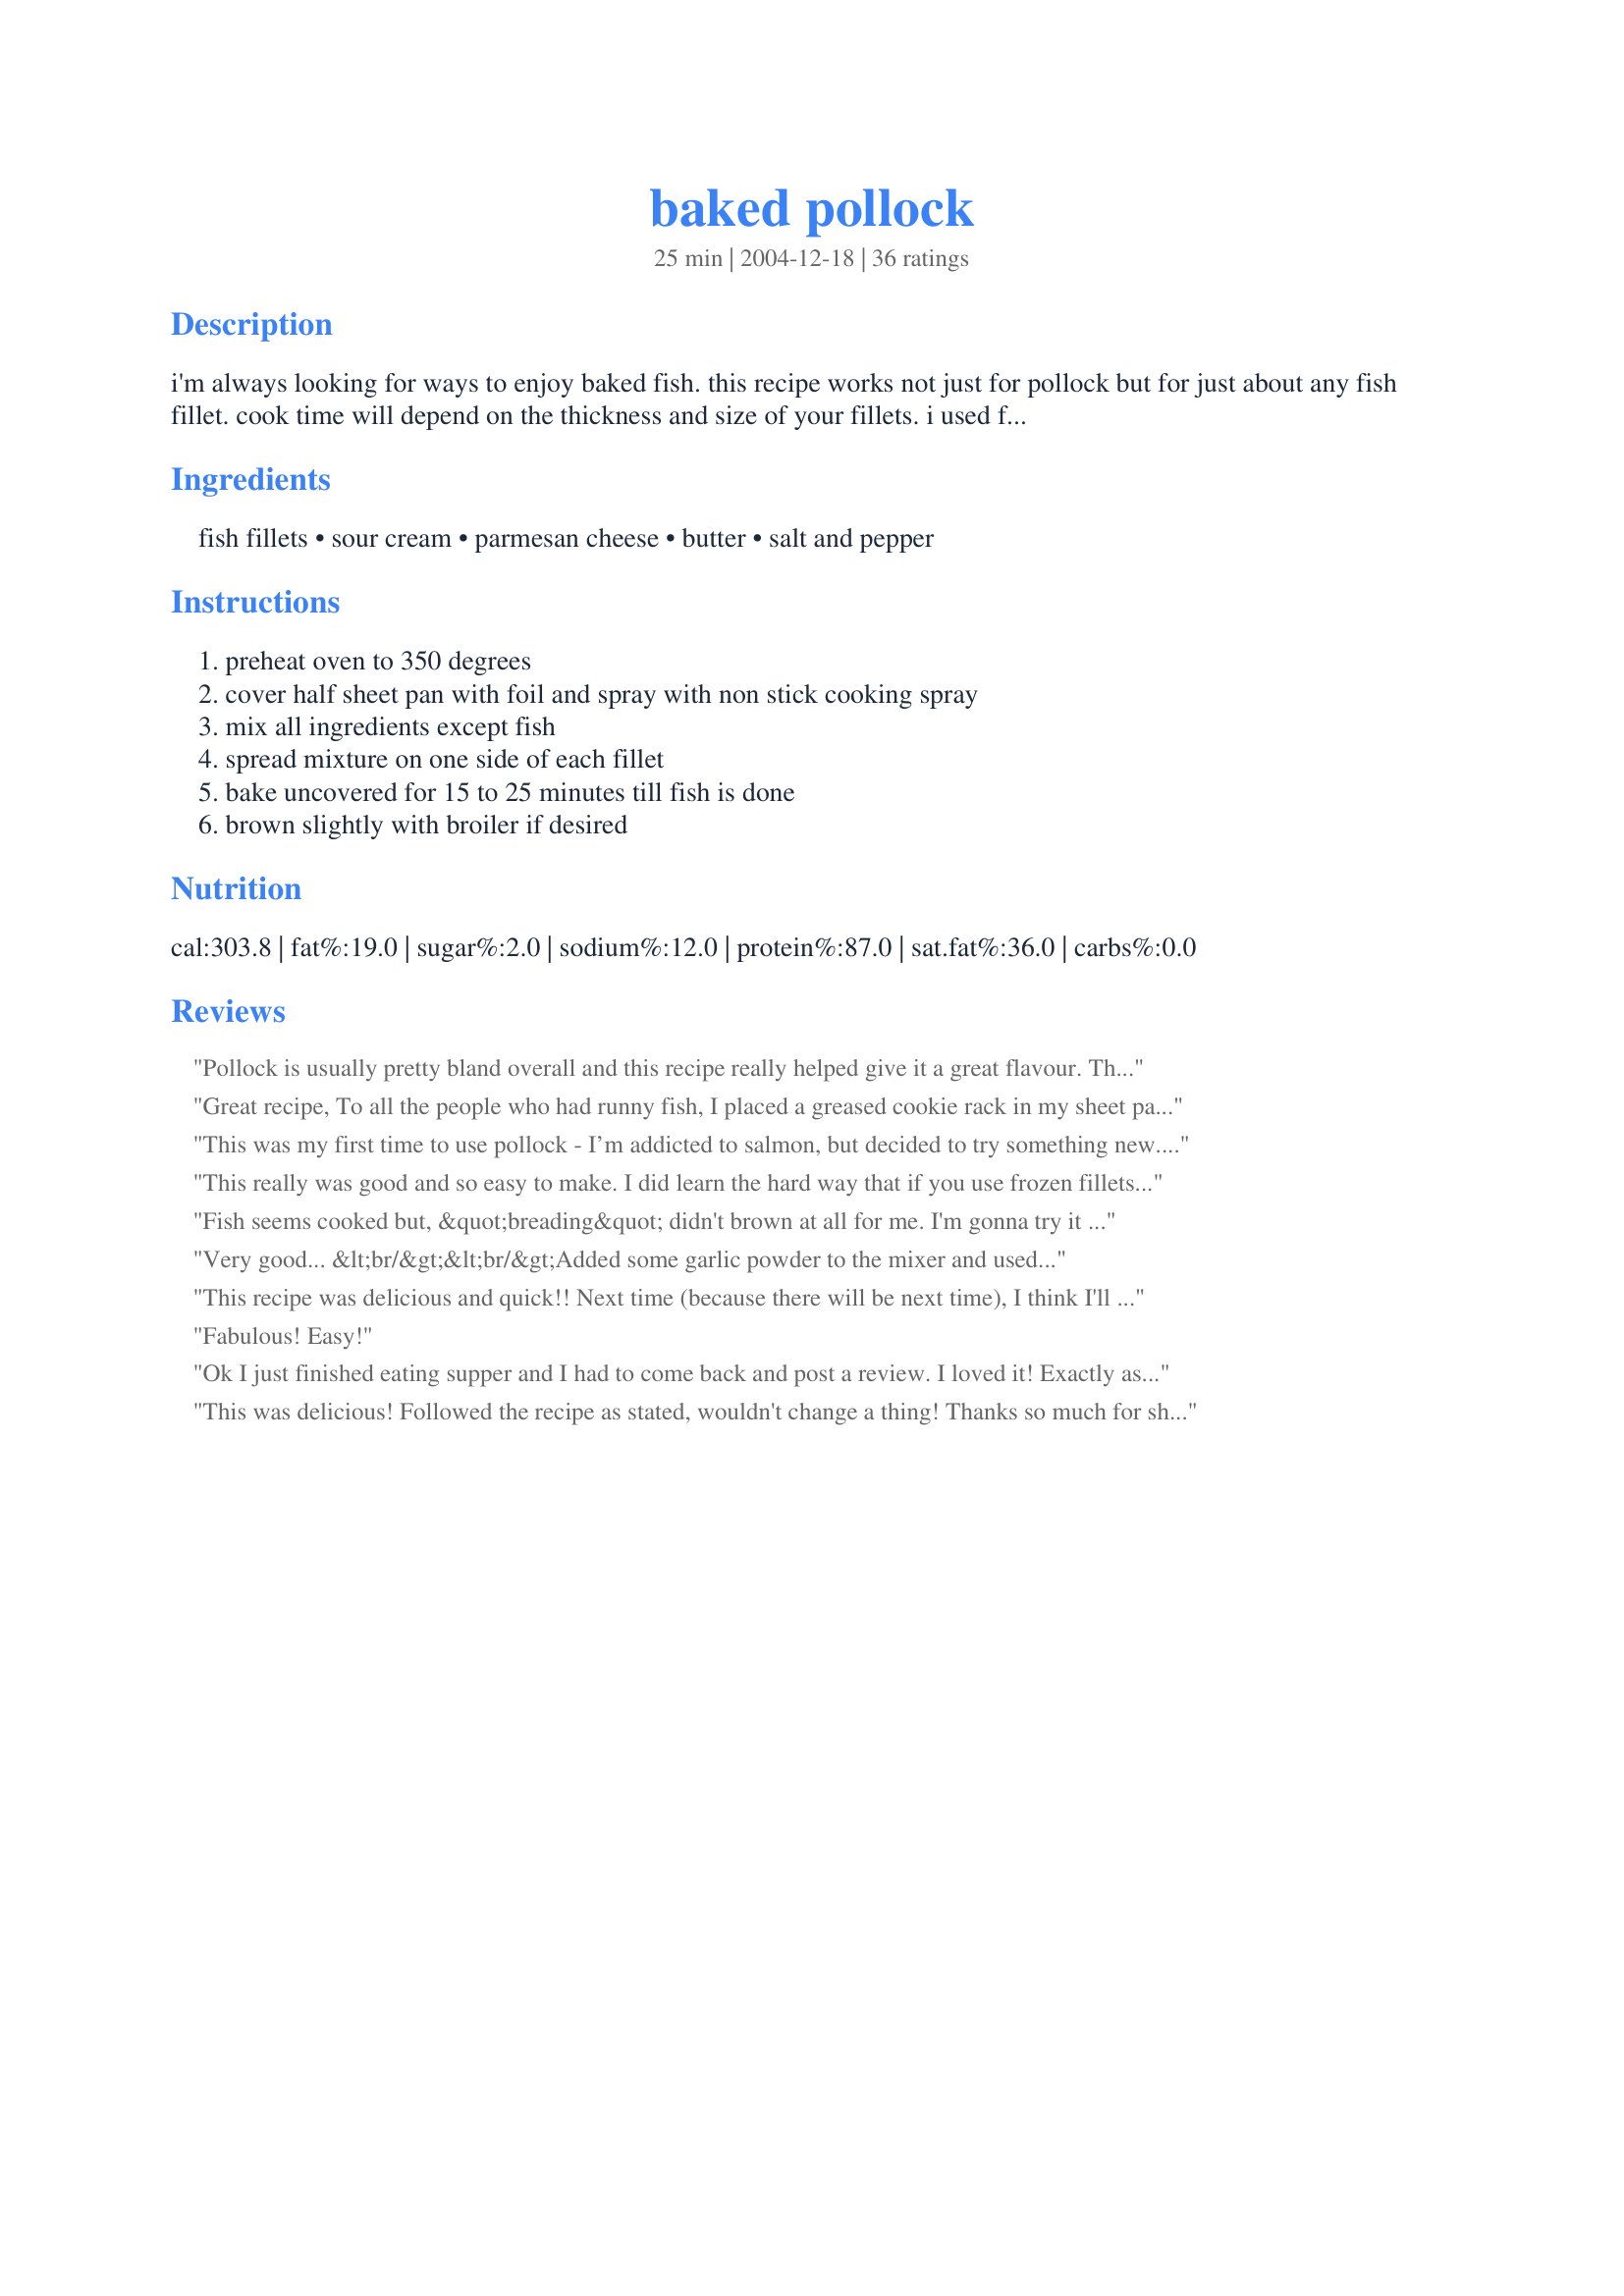
baked pollock
Preparation time: 25 minutes

i'm always looking for ways to enjoy baked fish. this recipe works not just for pollock but for just about any fish fillet. cook time will depend on the thickness and size of your fillets. i used frozen pollock fillets, thawed.

Ingredients:
fish fillets, sour cream, parmesan cheese, butter, salt and pepper

Steps:
preheat oven to 350 degrees, cover half sheet pan with foil and spray with non stick cooking spray, mix all ingredients except fish, spread mixture on one side of each fillet, bake uncovered for 15 to 25 minutes till fish is done, brown slightly with broiler if desired

Reviews:
Pollock is usually pretty bland overall and this recipe really helped give it a great flavour. Thanks riffraff this is the best pollock recipe I've come across yet.
Great recipe, To all the people who had runny fish, I placed a greased cookie rack in my sheet pan, then placed the fish on top of it, it came out perfect!
This was my first time to use pollock - I’m addicted to salmon, but decided to try something new. This looked good, so I thawed the fish, let all that water drain out (appreciated the tip)then started to put it together- and only then realized my sour cream had gone off. Too late to back out now, I had a jar of blue cheese dressing in the fridge, and used that instead. It was FABULOUS! I’ll always use that instead now - and I’ll be making this often! Great recipe for a really tasty fish!
This really was good and so easy to make. I did learn the hard way that if you use frozen fillets to thaw and drain off the liquid first. My toppings literally floated off the fish from all the liquid that had accumulated. As a result they weren't the prettiest but still had the most awesome flavor
Fish seems cooked but, &quot;breading&quot; didn't brown at all for me. I'm gonna try it again.
Very good... &lt;br/&gt;&lt;br/&gt;Added some garlic powder to the mixer and used Margarine instead of butter. I used a cookie sheet with tin foil, shiny side down.&lt;br/&gt;&lt;br/&gt;Even dh said... pretty good!&lt;br/&gt;&lt;br/&gt;Forgot salt and pepper. Oh and it browned because I left it in a bit longer then I should have.&lt;br/&gt;Update 11/25/13: Used a glass pan this time...no tin foil... took a little longer to bake... lots of juice came out of the fish... but still very good.
This recipe was delicious and quick!! Next time (because there will be next time), I think I'll try olive oil instead of the butter. Two thumbs up!!
Fabulous! Easy!
Ok I just finished eating supper and I had to come back and post a review. I loved it! Exactly as is. Thanks for sharing this recipe, I will definitely fix this again.
This was delicious! Followed the recipe as stated, wouldn't change a thing! Thanks so much for sharing!
Ohmygoodness! Fish is NOT my go to meat, (my hub loves fish, though)but after making this recipe tonight, it is now! Happy dance! This was so delicious!! Honest!! I did thaw the pollock in cold water, 20 mins, then wrapped each filet in paper towel and gently squeezed water out. Cooked up so nice plump, and firm, not mushy at all! I also used lots of garlic powder in mixture, and topped fillets with crushed Ritz crackers before baking. Thank you so much for posting this recipe! I am now excited about eating fish! Lol! Included a pic below. :()
I doubled the recipe I used equal parts of miracle whip, mayonnaise, and sour cream. Added jalapeno garlic spice mix, dill, lemon pepper, and the parmesan. It browned on its in the oven. It came out beautiful. Was nice and brown on the outside, flakey and most on the inside. I fed 9 people and everyone had seconds. Love this recipe. O. P. Thanks for sharing.
I followed the advice of several reviews, it was very wet even though I dried the fish with paper towels. I simply drained off the,water after cooking and put under the broiler for a few minutes, the fish coating crisped up nicely and it was delicious!!!
My Husband & my Kids LOVED IT! I've had the Pollock stored away in my Freezer for a while not know WHAT to do with it but you saved the day! Thanks A lot!
Great recipe and really complimented the pollock as promised. My 2 year old liked it and my four year old probably would have if she wasn&#039;t being a stinkpot. Hubby gave 5 stars and he&#039;s picky so that&#039;s an A++ in my book. Thanks!
I had pollock and needed a recipe that would be light. The fish had a good flavor. It was appealing I broiled it about 1 min. to lightly color it. I made this using 1 tbs. of canola oil instead of the butter. My only change. Will do it again I'm sure. Thanks
I came upon pollock for the first time recently &amp; found this easy recipe. With due regard to the advice of others, after thawing the fish, I dried the fillets and even squeezed out the excess liquid. Despite this, the result was very liquidy. The flavor was excellent, even though the spread was diluted a little in the liquid. I served it over basmati rice, which helped to absorb some of the excess liquid. I will make this recipe again, but I may try a firmer fish fillet which does not produce so much liquid, such as regular cod. It was certainly worth the try.
Very good. I did use frozen fish but made sure it was well thawed and dried with a paper towel. I did brown it under the broiler for about 3 minutes which made a difference in presentation. Definitely a keeper.
Thank you, thank you! I'm so happy to have found your recipe because I thought I'd have to put frozen pollack on my &quot;do not buy&quot; list after having a couple of failures using other recipes. This was such a simple recipe and turned out so well. I added some bread crumbs over the topping.
I do not like fish, normally, but am trying to include it in our menu for variation. However, this was delicious! Mine did not look pretty because I failed to read the suggestions about removing the water from the fish before using it, but it still tasted great! Thank you for this recipe! I will definitely make it again.
riffraff, we LOVED your recipe! Threw a bit of dill, garlic and cayenne pepper in the sauce 'cause we like it spicy. Husband raved over it--you can bet your booty we'll be making this often! Thank you so much for sharing.
Great recipe. I used mayo instead of sour cream and butter. Added salt, pepper, shaved garlic cloves and parmasen, a smidge of ginger root powder with half of lemon juice. I baked the fish alone at 350F in convection for 10 minutes, drained the liquid, then added the mixture and baked for another 10 minutes or until it browned! Love it!
Highly recommend. This recipe is easy and so quick. I sprinkled a bit of paprika on top for color. I have recommended this to friends and family. A real gourmet taste.
This was great. I used frozen pollock and my topping floated off despite thawing it, draining it and patting it dry. I think next time I'll try it with fresh and see if that helps. I also forgot to add the butter, but it didn't seem to matter, the taste was still fantastic! I did broil it for two minutes at the end and I think this helped the topping to "stick."
Yummy. I recommend the broiling to have a firmer texture on top. I had extra sauce/spread, so I served it wish the fish. I served this with http://www.food.com/recipe/cheesy-broccoli-rice-casserole-235299. Kids didn't really eat, but they have colds. I don't think they were hungry.
This is awesome! I made this twice in one week because of popularity. Easy to make, too. Try it. (MMG, Houston, TX)
Very good, very easy! This was our first experience with Pollock, and thanks to this great recipe, I don't think it will be our last. Thanks riffraff!
Purchased some frozen atlantic polluck because it&#039;s very inexpensive. Tried 3 different recipes and began to think it was a waste; it is quite &quot;fishy&quot; and my wife couldn&#039;t eat it. Then we tried this recipe; Eureka!!
I followed recipe exactly except: used shredded fresh parmesan rather than grated, and added about 3/4 teaspoon of Mrs. Dash Herb &amp; Garlic. Finished under broiler.
Restaurant quality dish! Thank you for sharing!
I dried the filets thoroughly after thawing, and think the Herb &amp; Garlic Mrs. Dash is a must-add.
I followed the recipe for 1 fillet, plus added garlic and Mrs. Dash Table Blend.I also followed suggestions to finish by broiling to brown. The breading overwhelmed the fish; what's worse, the chalky texture by adding parmesan cheese was . . . unfortunate. Summary: too much time, too many csalories, chalky breading...all mean I won't be cooking this again.
This was so good! I followed the advice in reviews suggesting the fish be as dry as possible before topping. followed the recipe EXACTLY! THANK YOU RIFFRAFF
I love baked Pollock, but it is not easy to buy Pollock fillets, which is not pump up with water.
Sounds great! Can't wait to try it.
I made this thinking it would disguise the taste of the fish. It did. It tasted like scrambled eggs with parmasean cheese. Even the texture would have fooled you. It didn't go well with the yellow rice and green beans. For breakfast, perhaps - dinner, no.
Loved this I used some frozen filets that had been in the freezer too long so wanted something to cover up the slight fishy taste. The fish were really watery even though I pressed them with paper towel but still really good. This would be awesome with fresh fish.
I neglected to add my comments to my review - doh! I changed the recipe by substituting non-fat Greek plain yogurt for the sour cream, which reduces the calories. We thought it was excellent and I felt very virtuous because it was also quite healthy :)
I didn&#039;t have quite enough sour cream, so I subbed a little Hellmans salad dressing. (Miracle whip). It came out delish!
